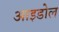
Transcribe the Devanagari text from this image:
आइडोल